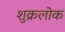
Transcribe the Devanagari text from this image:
शुक्रलोक